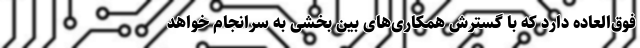
فوق‌العاده‌ دارد که با گسترش همکاری‌های بین بخشی به سرانجام خواهد